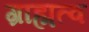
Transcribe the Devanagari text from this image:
ग्राह्मत्व